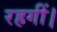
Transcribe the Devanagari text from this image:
रहगीं।